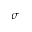
\sigma